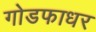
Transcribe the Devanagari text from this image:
गोडफाधर